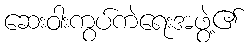
ဆေးဝါးကွပ်ကဲရေးအဖွဲ့၏